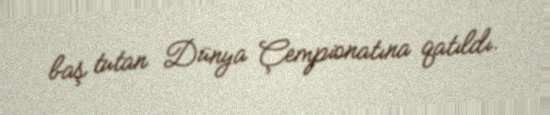
baş tutan Dünya Çempionatına qatıldı.